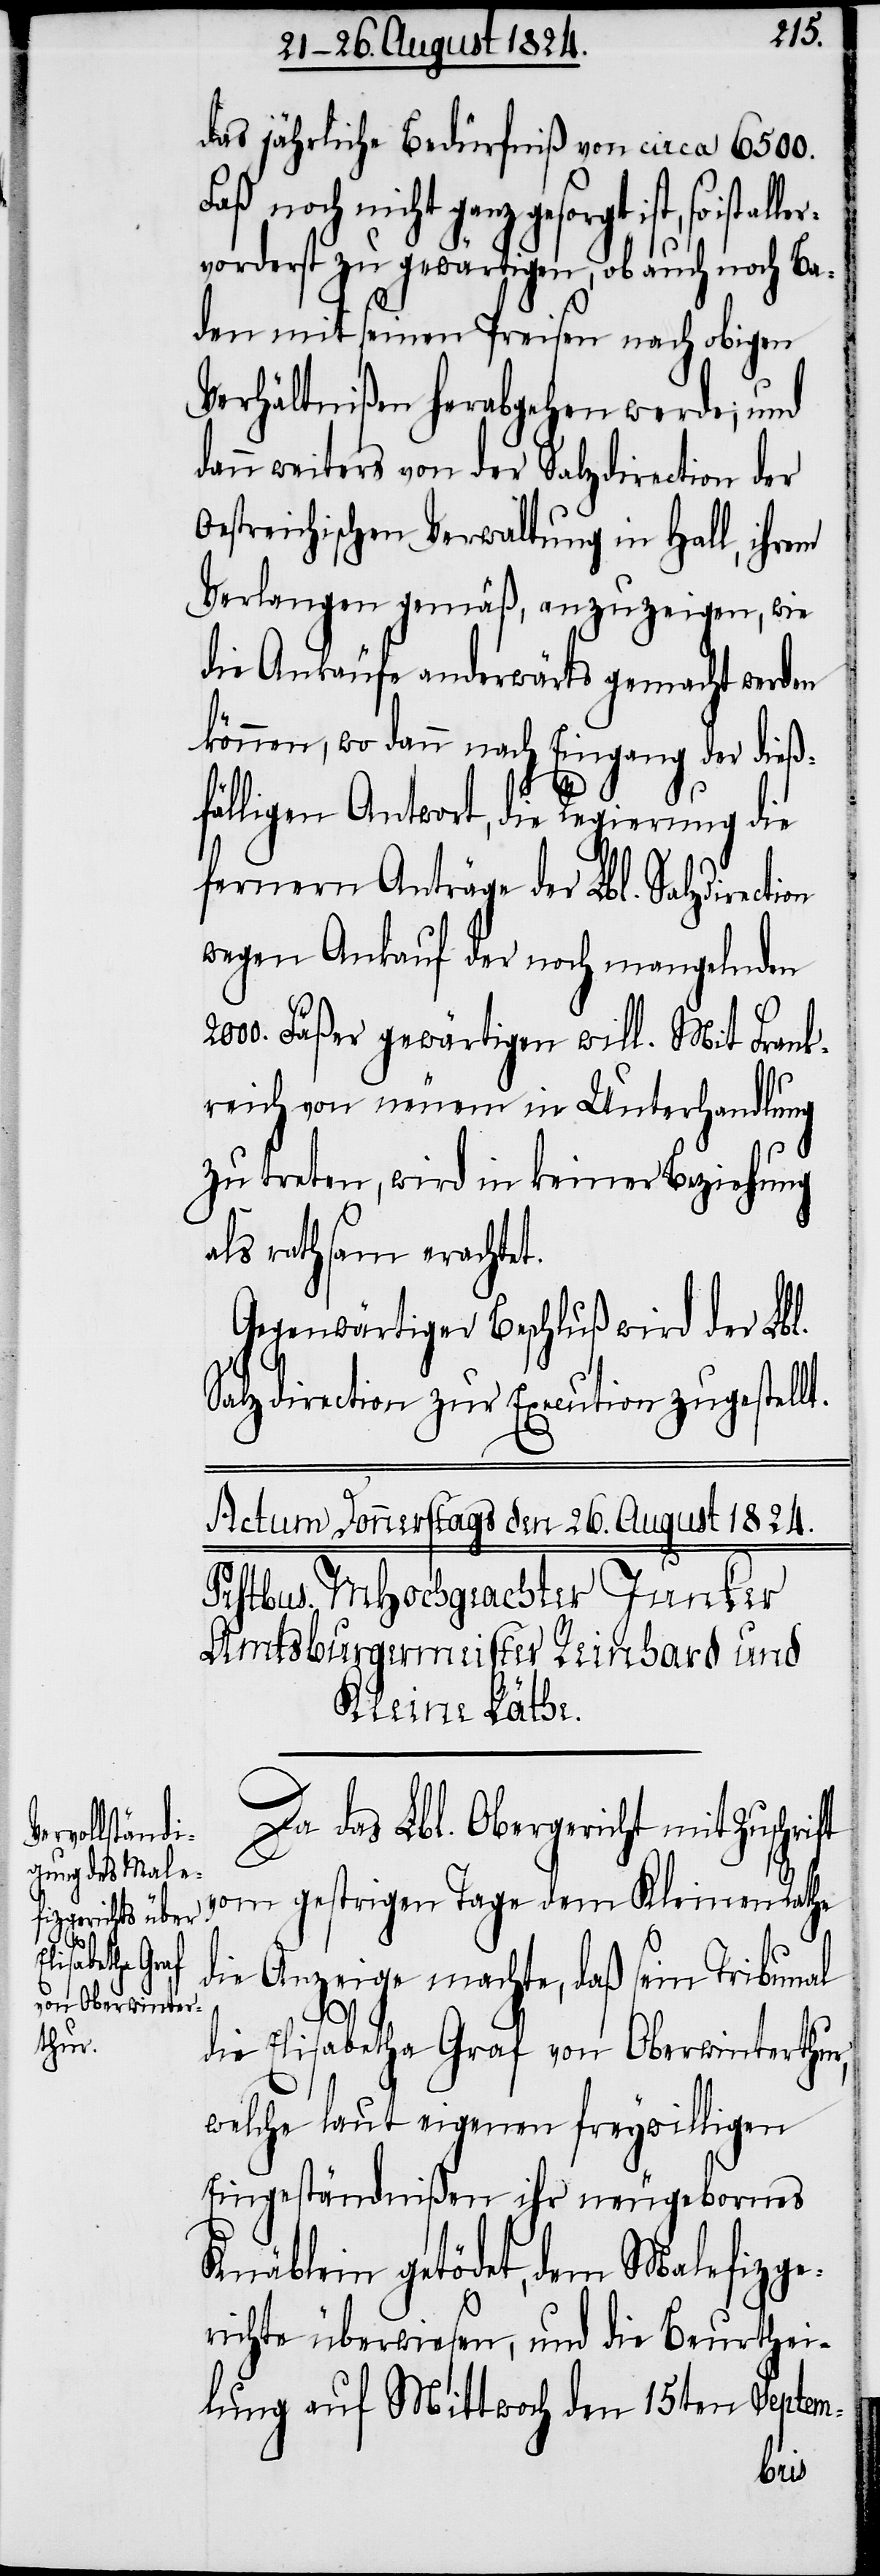
Zuschrift

das jährliche Bedürfniß von circa 6500.
Faß noch nicht ganz gesorgt ist, so
vorderst zu gewärtigen, ob auch noch Ba¬
den mit seinen Preisen nach obigen
Verhältnißen herabgehen werde; und
dann weiters von der Salzdirection der
Oestreichischen Verwaltung in Hall, ihrem
Verlangen gemäß, anzuzeigen, wie
die Ankäufe anderwärts gemacht werden
können, wo dann nach Eingang der dieß¬
fälligen Antwort, die Regierung die
fernern Anträge der Lbl. Salzdirecti¬
wegen Ankauf der noch mangelnden
2000. Fäßer gewärtigen will. Mit Frank¬
reich von neuen in Unterhandlung
zu treten, wird in keiner Beziehung
als rathsam erachtet.
Gegenwärtiger Beschluß wird der Lbl.
Salzdirection zur Execution zugestellt.
Da das Lbl. Obergericht mit
vom gestrigen Tage dem Kleinen Rath
die Anzeige machte, daß sein Tribunal
die Elisabetha Graf von Oberwinterthur,
welche laut eigenen freywilligen
Eingeständnißen ihr neugebornes
Knäblein getödet, dem Malefizge¬
richte überwiesen, und die Beurthei¬
lung auf Mittwoch den 15ten Septem-
on